Annual administration report of the Civil Veterinary Department of India - 1895-1896
Year: 1895
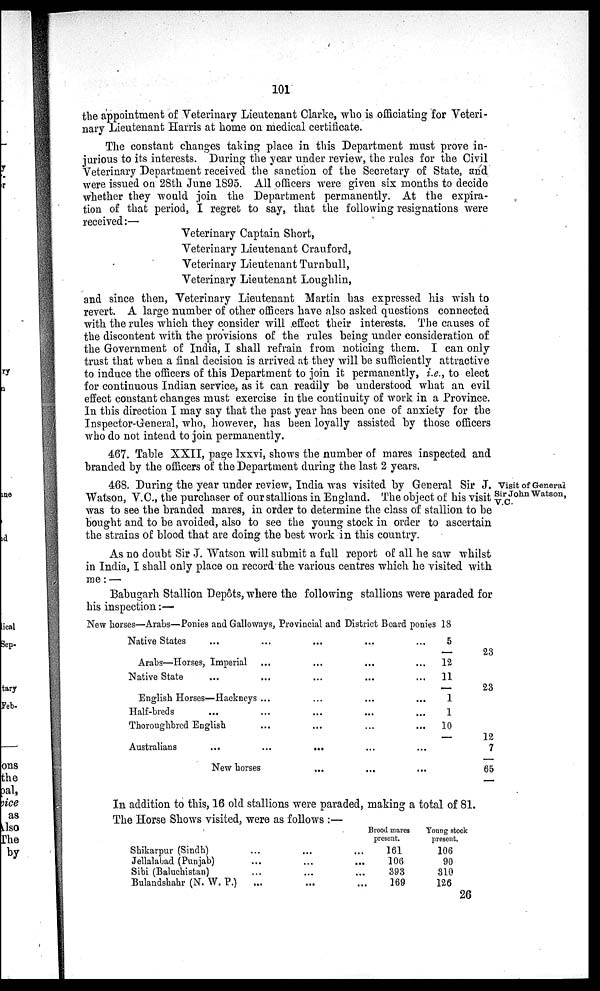
101
the appointment of Veterinary Lieutenant Clarke, who is officiating for Veteri-
nary Lieutenant Harris at home on medical certificate.
The constant changes taking place in this Department must prove in-
jurious to its interests. During the year under review, the rules for the Civil
Veterinary Department received the sanction of the Secretary of State, and
were issued on 28th June 1895. All officers were given six months to decide
whether they would join the Department permanently. At the expira-
tion of that period, I regret to say, that the following resignations were
received:—
Veterinary Captain Short,
Veterinary Lieutenant Crauford,
Veterinary Lieutenant Turnbull,
Veterinary Lieutenant Loughlin,
and since then, Veterinary Lieutenant Martin has expressed his wish to
revert. A large number of other officers have also asked questions connected
with the rules which they consider will effect their interests. The causes of
the discontent with the provisions of the rules being under consideration of
the Government of India, I shall refrain from noticing them. I can only
trust that when a final decision is arrived at they will be sufficiently attractive
to induce the officers of this Department to join it permanently, i.e., to elect
for continuous Indian service, as it can readily be understood what an evil
effect constant changes must exercise in the continuity of work in a Province.
In this direction I may say that the past year has been one of anxiety for the
Inspector-General, who, however, has been loyally assisted by those officers
who do not intend to join permanently.
467. Table XXII, page lxxvi, shows the number of mares inspected and
branded by the officers of the Department during the last 2 years.
Visit of General
Sir John Watson,
V.C
468. During the year under review, India was visited by General Sir J.
Watson, V.C., the purchaser of our stallions in England. The object of his visit
was to see the branded mares, in order to determine the class of stallion to be
bought and to be avoided, also to see the young stock in order to ascertain
the strains of blood that are doing the best work in this country.
As no doubt Sir J. Watson will submit a full report of all he saw whilst
in India, I shall only place on record the various centres which he visited with
me: —
Babugarh Stallion Depôts, where the following stallions were paraded for
his inspection:—
New horses—Arabs—Ponies and Galloways, Provincial and District Board ponies 18
Native States
...
...
...
...
Arabs—Horses, Imperial
...
...
...
Native State
...
...
...
...
English Horses—Hackneys ...
...
...
Half-breds
...
...
...
...
Thoroughbred English
...
...
...
Australians
...
...
......
New horses ... ...
5
—
12
11
—
1
1
10
—
23
23
12
7
65
In addition to this, 16 old stallions were paraded, making a total of 81.
The Horse Shows visited, were as follows :—
Shikarpur (Sindh)
...
...
...
Jellalabad (Punjab)
...
...
...
Sibi (Baluchistan)
...
...
...
Bulandshahr (N. W. P.)
...
...
...
Brood mares
present.
161
106
393
169
Young stock
present,
106
90
310
126
26